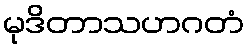
မုဒိတာသဟဂတံ